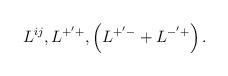
LaTeX: \begin{align*}L^{ij},L^{+^{\prime }+},\left( L^{+^{\prime }-}+L^{-^{\prime }+}\right) .\end{align*}